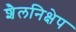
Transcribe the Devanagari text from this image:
शैलनिक्षेप